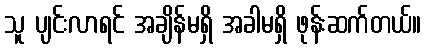
သူ ပျင်းလာရင် အချိန်မရှိ အခါမရှိ ဖုန်းဆက်တယ်။